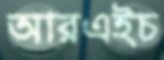
আরএইচ